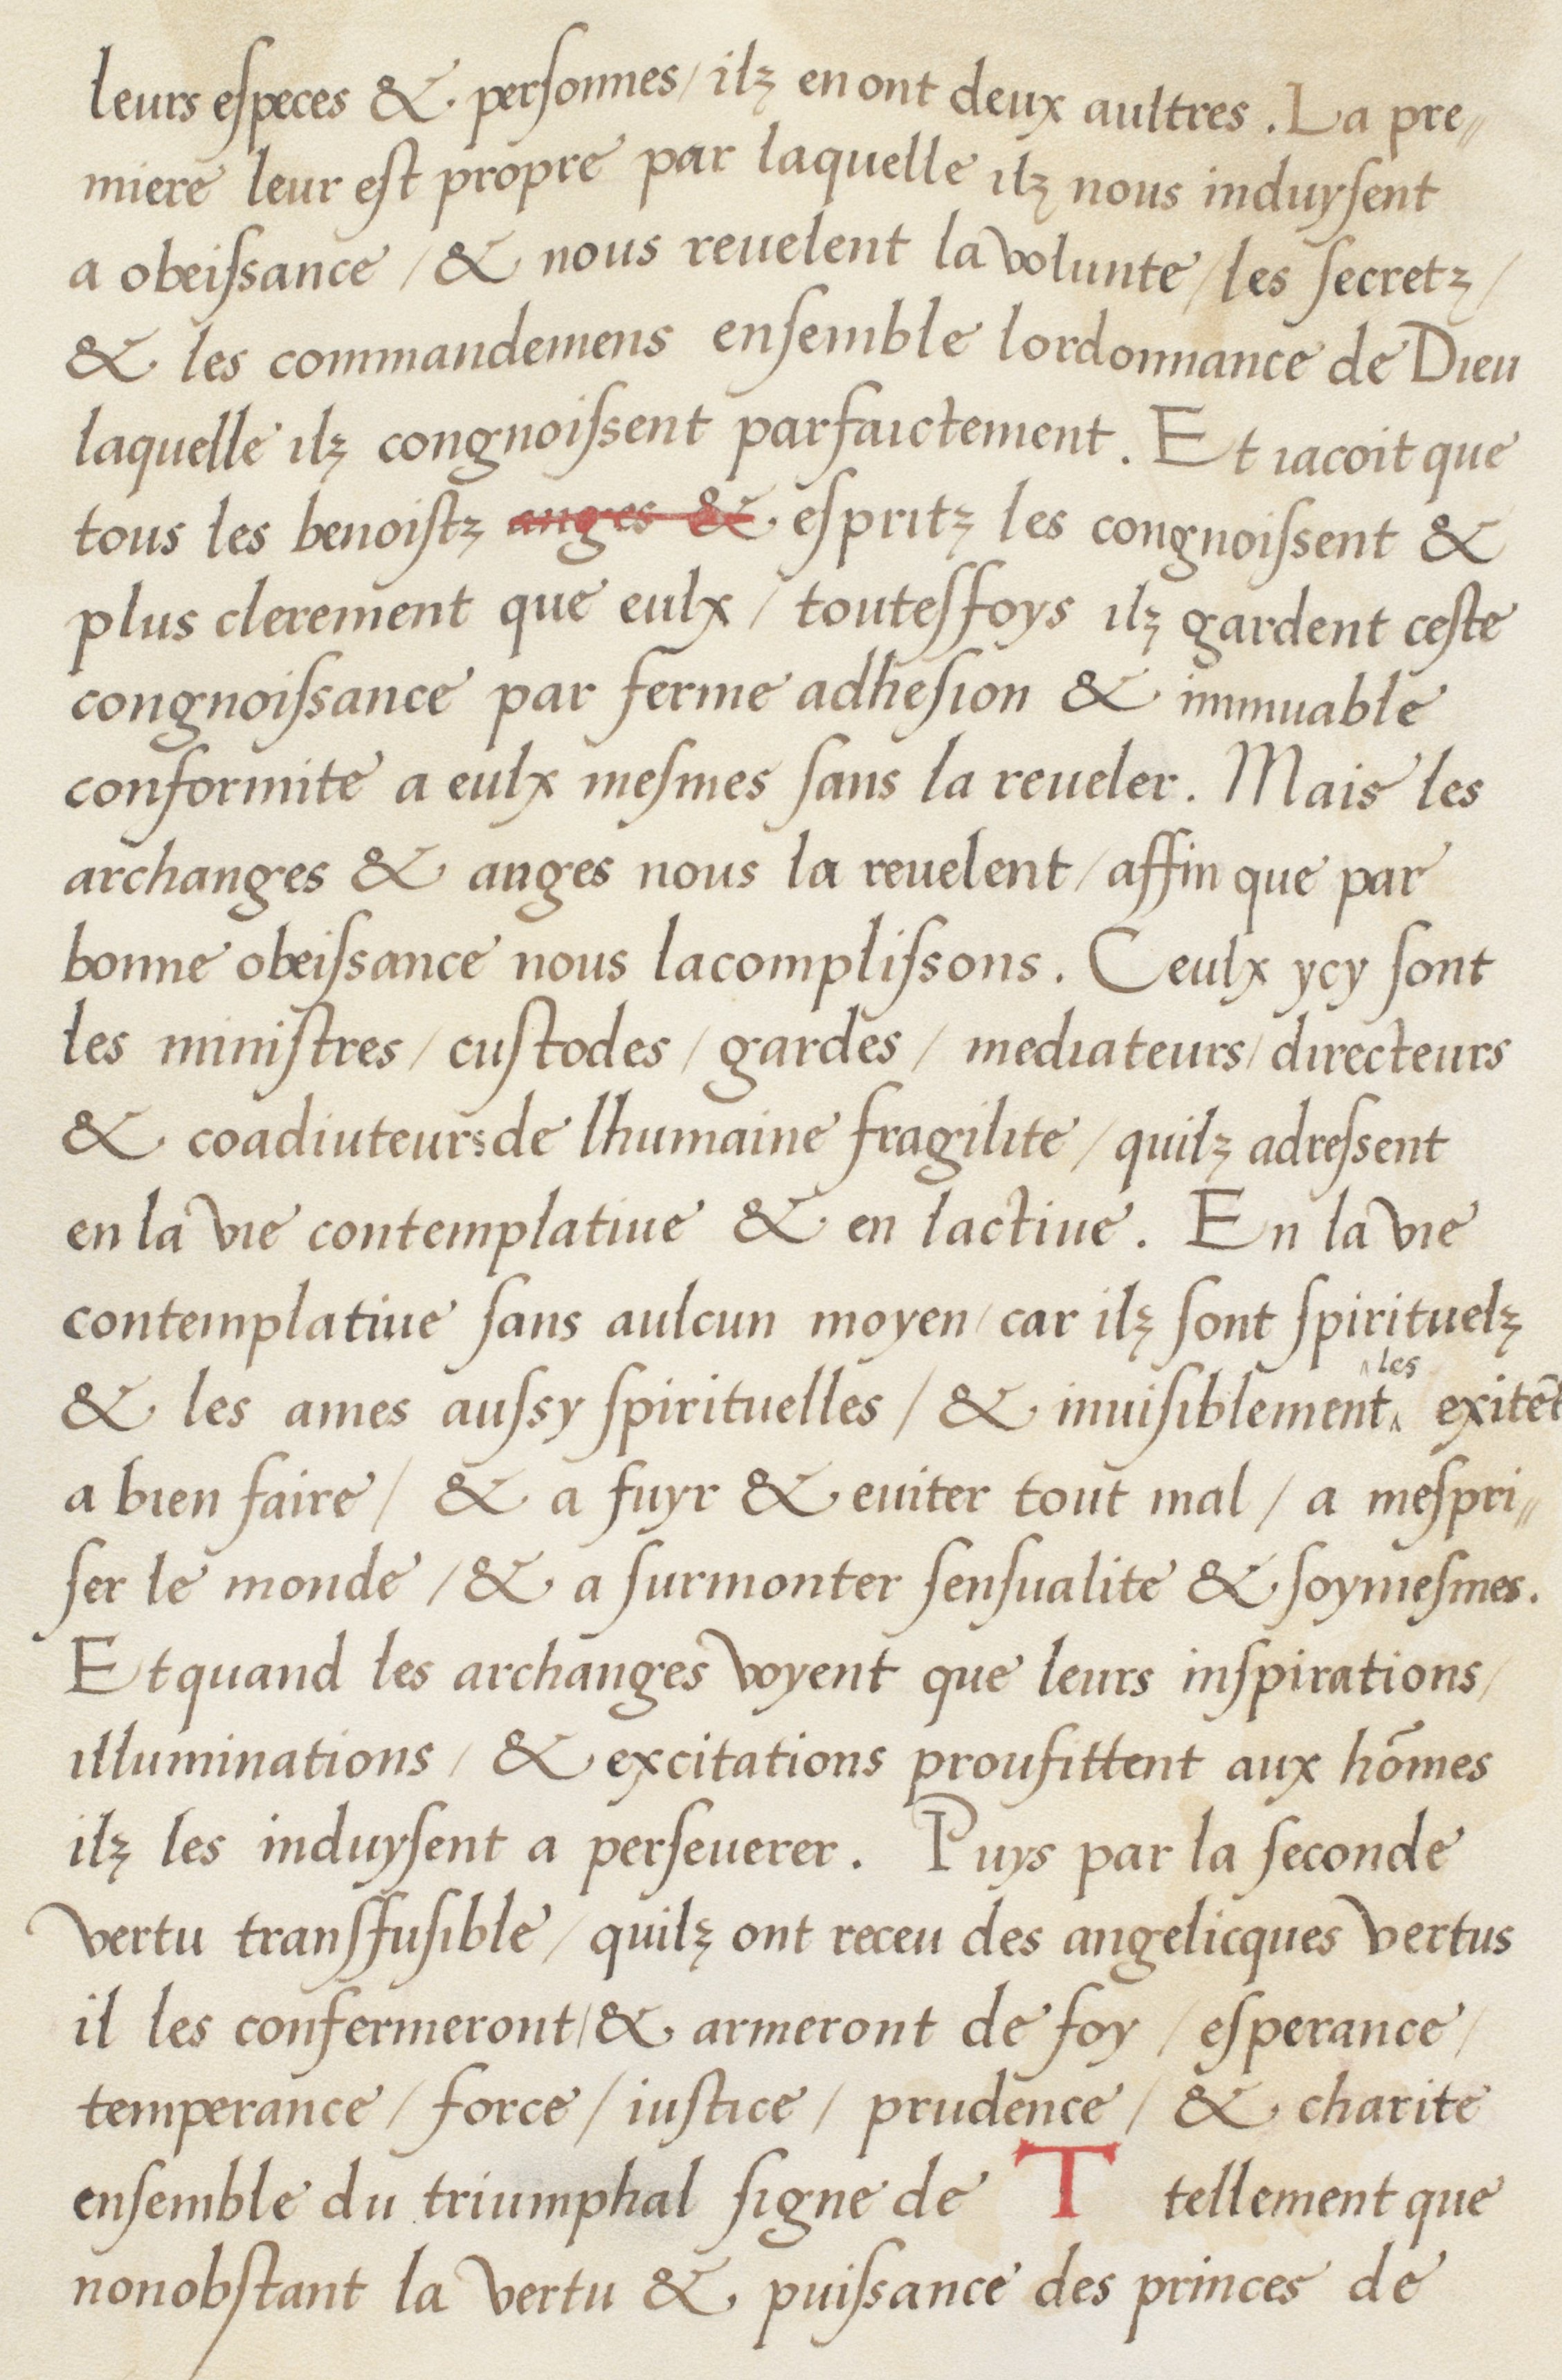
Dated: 1536–1536